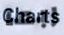
ربما